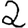
Digit: 2